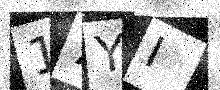
Text: 17YI